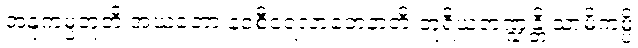
အနုကမ္ပတူတိ အဃတော နဝစီဝရလာဘေနာတိ တူရိယဘဏ္ဍန္တိ သာမိကမ္ပိ